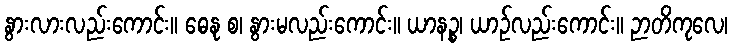
နွားလားလည်းကောင်း။ ဓေနု စ၊ နွားမလည်းကောင်း။ ယာနဉ္စ၊ ယာဉ်လည်းကောင်း။ ဉာတိကုလေ၊